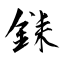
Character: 銇